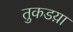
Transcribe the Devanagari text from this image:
तुकडय़ा